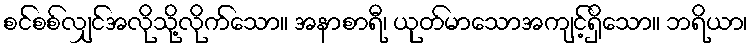
စင်စစ်လျှင်အလိုသို့လိုက်သော။ အနာစာရီ၊ ယုတ်မာသောအကျင့်ရှိသော။ ဘရိယာ၊